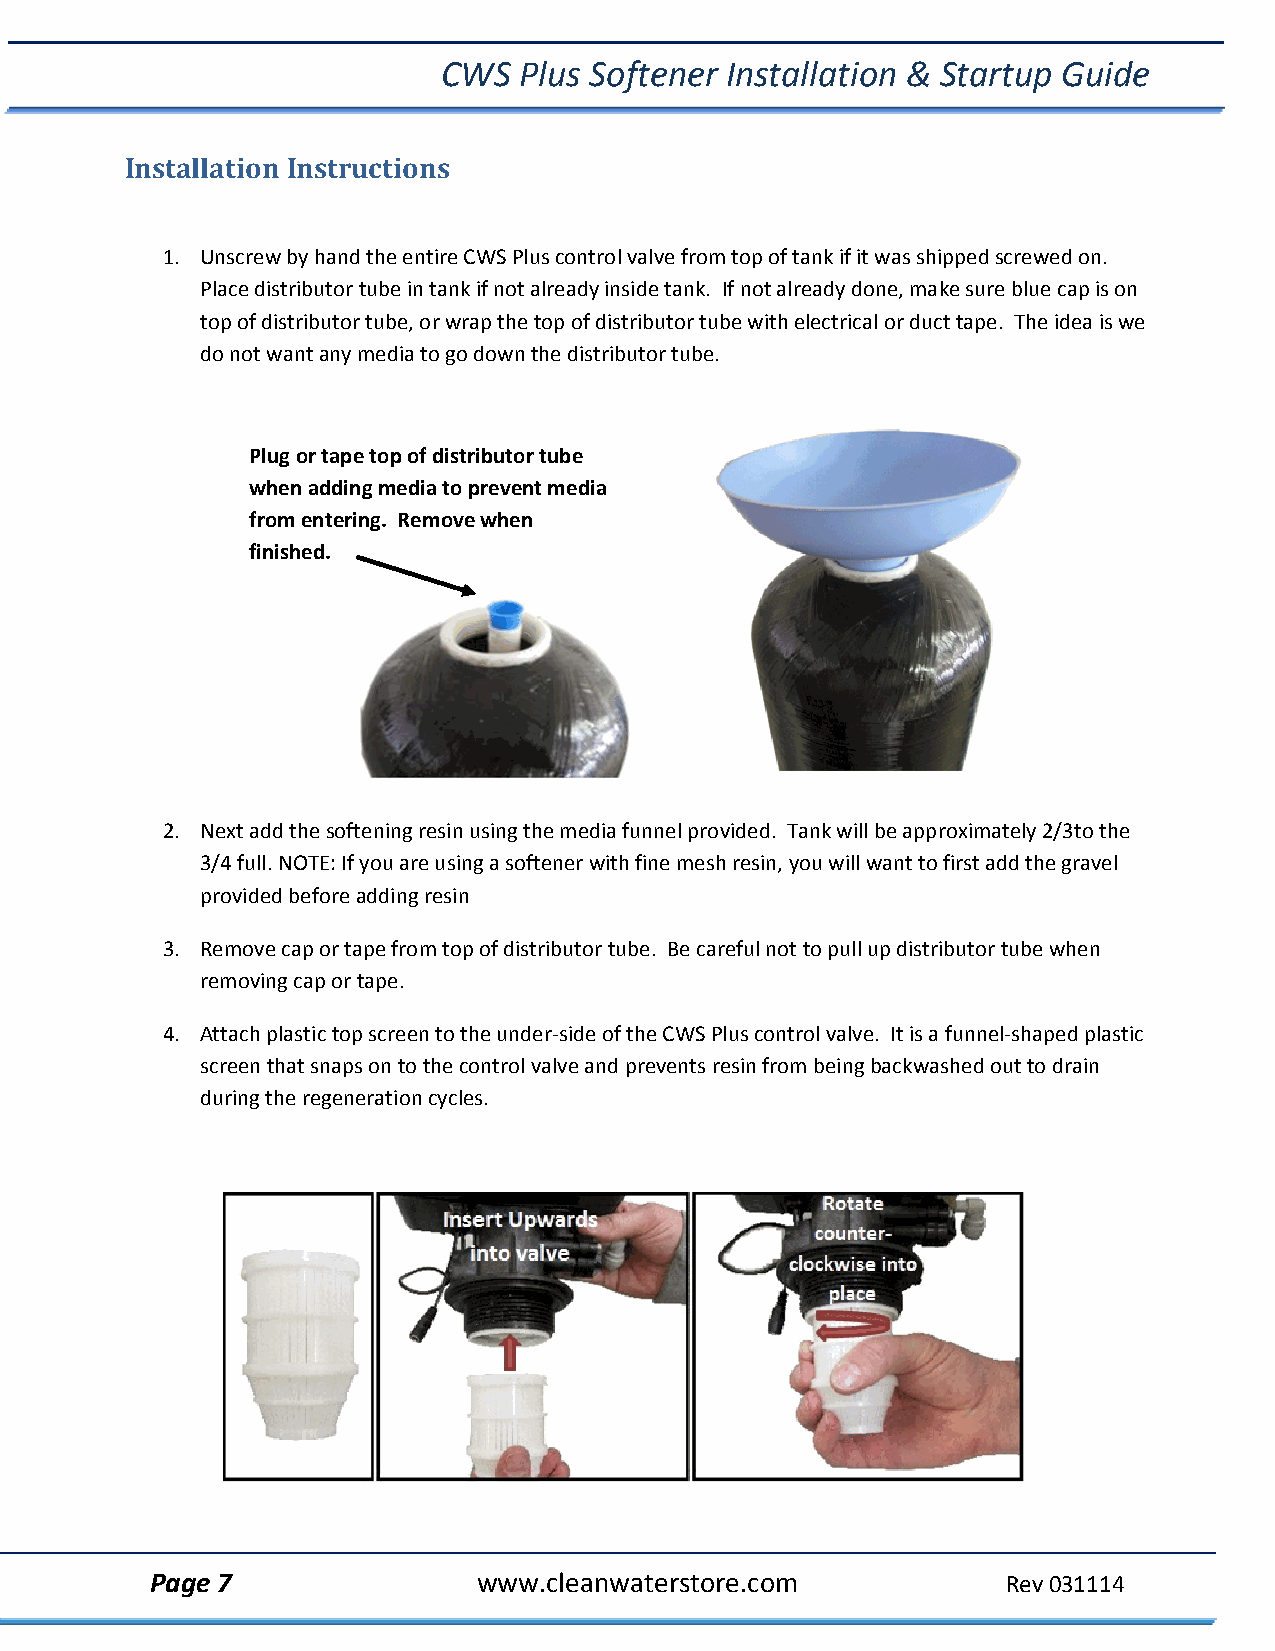
CWS  Plus Softener Installation & Startup Guide
 Installation Instructions
 1. Unscrew by hand the entire CWS Plus control valve from top of tank if it was shipped screwed on.
 Place distributor tube in tank if not already inside tank. If not already done, make sure blue cap is on
 top of distributor tube, or wrap the top of distributor tube with electrical or duct tape. The idea is we
 do not want any media to go down the distributor tube.
 Plug or tape top of distributor tube
 when adding media to prevent media
 from entering. Remove when
 finished.
 2. Next add the softening resin using the media funnel provided. Tank will be approximately 2/3to the
 3/4 full. NOTE: If you are using a softener with fine mesh resin, you will want to first add the gravel
 provided before adding resin
 3. Remove cap or tape from top of distributor tube. Be careful not to pull up distributor tube when
 removing cap or tape.
 4. Attach plastic top screen to the under‐side of the CWS Plus control valve. It is a funnel‐shaped plastic
 screen that snaps on to the control valve and prevents resin from being backwashed out to drain
 during the regeneration cycles.
 Page 7                www.cleanwaterstore.com            Rev 031114